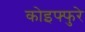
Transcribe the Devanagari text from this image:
कोइफ्फुरे